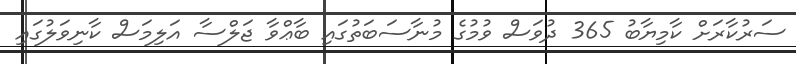
ސަރުކާރަށް ކާމިޔާބު 365 ދުވަސް ވުމުގެ މުނާސަބަތުގައި ބާޢްވާ ޖަލްސާ އަލިމަސް ކާނިވަލުގައި